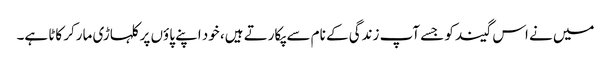
میں نے اس گیند کو جسے آپ زندگی کے نام سے پکارتے ہیں، خود اپنے پاؤں پر کلہاڑی مارکر کاٹا ہے۔